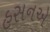
હસનએ